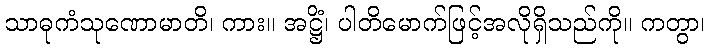
သာဓုကံသုဏောမာတိ၊ ကား။ အဋ္ဌိံ၊ ပါတိမောက်ဖြင့်အလိုရှိသည်ကို။ ကတွာ၊